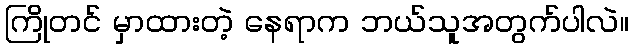
ကြိုတင် မှာထားတဲ့ နေရာက ဘယ်သူအတွက်ပါလဲ။